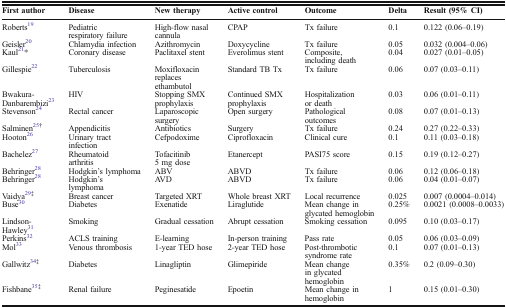
<table><thead><tr><td><b>First author</b></td><td><b>Disease</b></td><td><b>New therapy</b></td><td><b>Active control</b></td><td><b>Outcome</b></td><td><b>Delta</b></td><td><b>Result (95% CI)</b></td></tr></thead><tbody><tr><td>Roberts19</td><td>Pediatric respiratory failure</td><td>High-flow nasal cannula</td><td>CPAP</td><td>Tx failure</td><td>0.1</td><td>0.122 (0.06–0.19)</td></tr><tr><td>Geisler20</td><td>Chlamydia infection</td><td>Azithromycin</td><td>Doxycycline</td><td>Tx failure</td><td>0.05</td><td>0.032 (0.004–0.06)</td></tr><tr><td>Kaul21*</td><td>Coronary disease</td><td>Paclitaxel stent</td><td>Everolimus stent</td><td>Composite, including death</td><td>0.04</td><td>0.027 (0.01–0.05)</td></tr><tr><td>Gillespie22</td><td>Tuberculosis</td><td>Moxifloxacin replaces ethambutol</td><td>Standard TB Tx</td><td>Tx failure</td><td>0.06</td><td>0.07 (0.03–0.11)</td></tr><tr><td>Bwakura-Danbarembizi23</td><td>HIV</td><td>Stopping SMX prophylaxis</td><td>Continued SMX prophylaxis</td><td>Hospitalization or death</td><td>0.03</td><td>0.06 (0.01–0.11)</td></tr><tr><td>Stevenson24</td><td>Rectal cancer</td><td>Laparoscopic surgery</td><td>Open surgery</td><td>Pathological outcomes</td><td>0.08</td><td>0.07 (0.01–0.13)</td></tr><tr><td>Salminen25<sup>†</sup></td><td>Appendicitis</td><td>Antibiotics</td><td>Surgery</td><td>Tx failure</td><td>0.24</td><td>0.27 (0.22–0.33)</td></tr><tr><td>Hooton26</td><td>Urinary tract infection</td><td>Cefpodoxime</td><td>Ciprofloxacin</td><td>Clinical cure</td><td>0.1</td><td>0.11 (0.03–0.18)</td></tr><tr><td>Bachelez27</td><td>Rheumatoid arthritis</td><td>Tofacitinib 5 mg dose</td><td>Etanercept</td><td>PASI75 score</td><td>0.15</td><td>0.19 (0.12–0.27)</td></tr><tr><td>Behringer28</td><td>Hodgkin’s lymphoma</td><td>ABV</td><td>ABVD</td><td>Tx failure</td><td>0.06</td><td>0.12 (0.06–0.18)</td></tr><tr><td>Behringer28</td><td>Hodgkin’s lymphoma</td><td>AVD</td><td>ABVD</td><td>Tx failure</td><td>0.06</td><td>0.04 (0.01–0.07)</td></tr><tr><td>Vaidya29<sup>‡</sup></td><td>Breast cancer</td><td>Targeted XRT</td><td>Whole breast XRT</td><td>Local recurrence</td><td>0.025</td><td>0.007 (0.0004–0.014)</td></tr><tr><td>Buse30</td><td>Diabetes</td><td>Exenatide</td><td>Liraglutide</td><td>Mean change in glycated hemoglobin</td><td>0.25%</td><td>0.0021 (0.0008–0.0033)</td></tr><tr><td>Lindson-Hawley31</td><td>Smoking</td><td>Gradual cessation</td><td>Abrupt cessation</td><td>Smoking cessation</td><td>0.095</td><td>0.10 (0.03–0.17)</td></tr><tr><td>Perkins32</td><td>ACLS training</td><td>E-learning</td><td>In-person training</td><td>Pass rate</td><td>0.05</td><td>0.06 (0.03–0.09)</td></tr><tr><td>Mol33</td><td>Venous thrombosis</td><td>1-year TED hose</td><td>2-year TED hose</td><td>Post-thrombotic syndrome rate</td><td>0.1</td><td>0.07 (0.01–0.13)</td></tr><tr><td>Gallwitz34<sup>‡</sup></td><td>Diabetes</td><td>Linagliptin</td><td>Glimepiride</td><td>Mean change in glycated hemoglobin</td><td>0.35%</td><td>0.2 (0.09–0.30)</td></tr><tr><td>Fishbane35<sup>‡</sup></td><td>Renal failure</td><td>Peginesatide</td><td>Epoetin</td><td>Mean change in hemoglobin</td><td>1</td><td>0.15 (0.01–0.30)</td></tr></tbody></table>